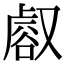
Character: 𧮸